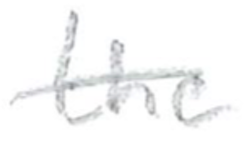
Text: the
Cross-out: single-line
Writing tool: pencil